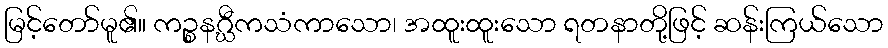
မြင့်တော်မူ၏။ ကဉ္စနဂ္ဃီကသံကာသော၊ အထူးထူးသော ရတနာတို့ဖြင့် ဆန်းကြယ်သော